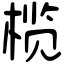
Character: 榄